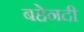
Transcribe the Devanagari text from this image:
बहेनदी